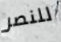
للنصر